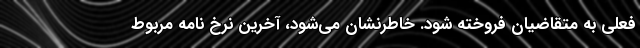
فعلی به متقاضیان فروخته شود. خاطرنشان می‌شود، آخرین نرخ نامه مربوط